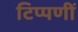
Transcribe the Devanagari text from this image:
टिप्पणीं